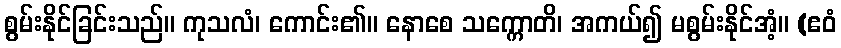
စွမ်းနိုင်ခြင်းသည်။ ကုသလံ၊ ကောင်း၏။ နောစေ သက္ကောတိ၊ အကယ်၍ မစွမ်းနိုင်အံ့။ (ဧဝံ